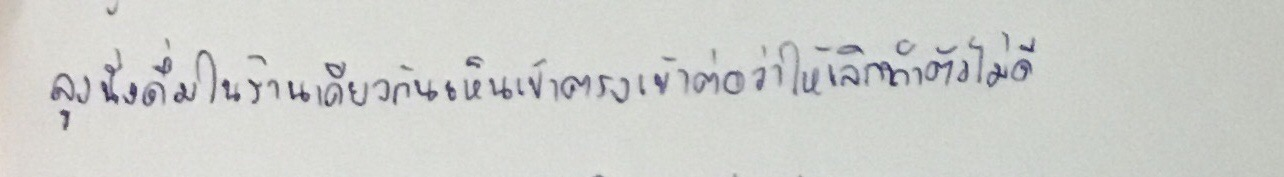
ลุงนั่งดื่มในร้านเดียวกันเห็นเข้าตรงเข้าต่อว่าให้เลิกทำตัวไม่ดี